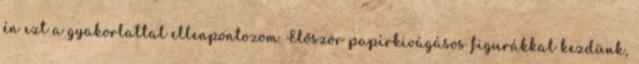
én ezt a gyakorlattal ellenpontozom. Először papírkivágásos figurákkal kezdünk,